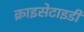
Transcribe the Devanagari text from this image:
क्राइसेटाइडी